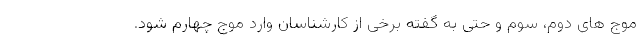
موج های دوم، سوم و حتی به گفته برخی از کارشناسان وارد موج چهارم شود.